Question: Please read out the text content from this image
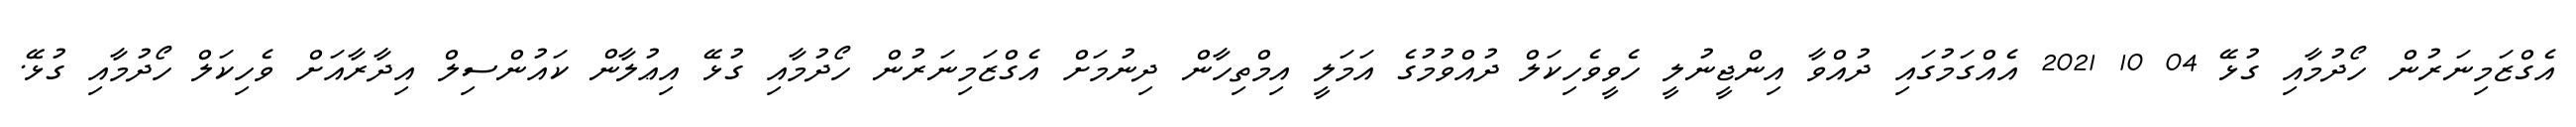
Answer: އެގްޒަމިނަރުން ހޯދުމާއި ގުޅޭ 04 10 2021 އެއްގަމުގައި ދުއްވާ އިންޖީނުލީ ހެވީވެހިކަލް ދުއްވުމުގެ އަމަލީ އިމްތިހާން ދިނުމަށް އެގްޒަމިނަރުން ހޯދުމާއި ގުޅޭ އިޢުލާން ކައުންސިލް އިދާރާއަށް ވެހިކަލް ހޯދުމާއި ގުޅޭ.